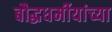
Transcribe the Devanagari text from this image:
बौद्धधर्मीयांच्या